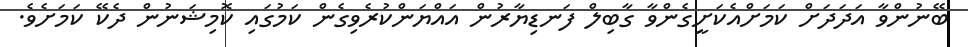
ބޭނުންވާ އަދަދަށް ކަމަށްއެކަށީގެންވާ ގާބިލް ފަނޑިޔާރުން އައްޔަންކުރެވިގެން ކަމުގައި ކޮމިޝަނުން ދެކޭ ކަމަށެވެ.